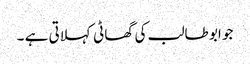
جو ابو طالب کی گھاٹی کہلاتی ہے ۔